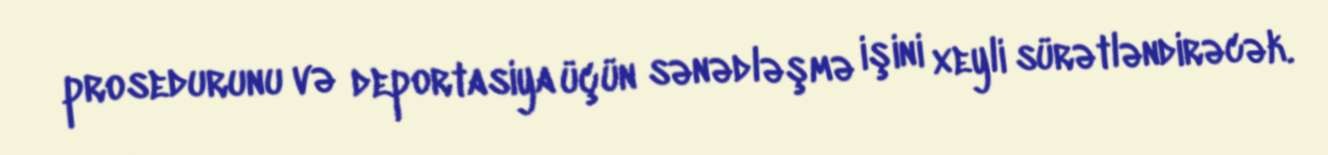
prosedurunu və deportasiya üçün sənədləşmə işini xeyli sürətləndirəcək.